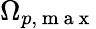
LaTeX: \Omega_{p,\mathrm{~m~a~x~}}